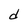
Character: d